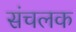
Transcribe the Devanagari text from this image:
संचलक